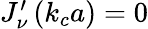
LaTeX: \begin{array}{r}{J_{\nu}^{\prime}\left(k_{c}a\right)=0}\end{array}